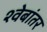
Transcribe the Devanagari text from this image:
श्वेबांतर